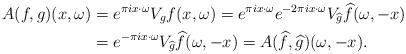
LaTeX: \begin{align*}A(f,g)(x,\omega) & = e^{\pi i x \cdot \omega} V_gf(x,\omega) = e^{\pi i x \cdot \omega} e^{-2 \pi i x \cdot \omega} V_{\widehat{g}}\widehat{f} (\omega, -x)\\& = e^{-\pi i x \cdot \omega} V_{\widehat{g}}\widehat{f}(\omega, -x) = A(\widehat{f}, \widehat{g})(\omega, -x).\end{align*}